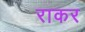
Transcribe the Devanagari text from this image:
राकर